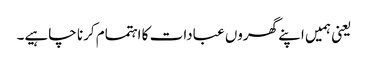
یعنی ہمیں اپنے گھروں عبادات کا اہتمام کرنا چاہیے۔